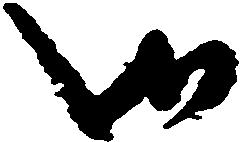
御